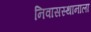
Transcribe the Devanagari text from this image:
निवासस्थानाला